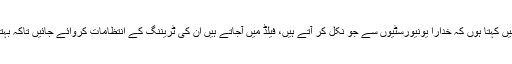
ہمارے وفاقی وزیر پرویز رشید، وزیرِ اعظم صاحب اور سب سے میں کہتا ہوں کہ خدارا یونیورسٹیوں سے جو نکل کر آتے ہیں، فیلڈ میں آجاتے ہیں ان کی ٹریننگ کے انتظامات کروائے جائیں تاکہ بہتر امپیکٹ جائے پوری دنیا میں کہ پاکستانی صحافی بہت اچھے ہیں۔